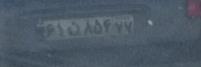
۶۱ن۸۵۴۷۷